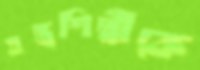
যন্ত্রশিল্পীকে